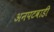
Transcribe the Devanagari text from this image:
अनपटवाडी